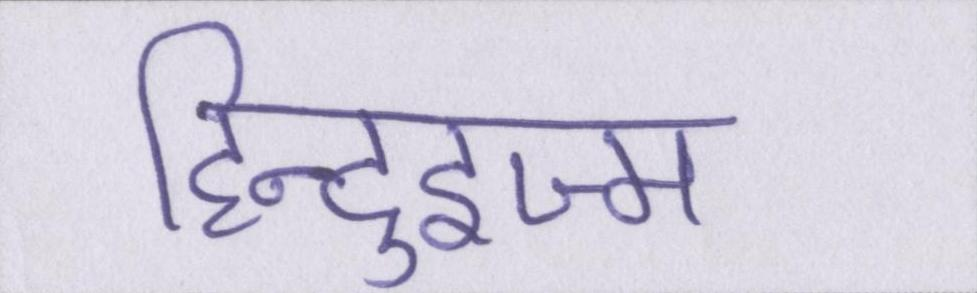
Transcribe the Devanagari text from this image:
हिन्दुइज्म